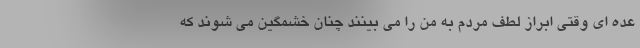
عده ای وقتی ابراز لطف مردم به من را می بینند چنان خشمگین می شوند که